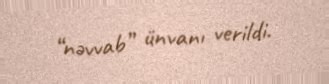
“nəvvab” ünvanı verildi.